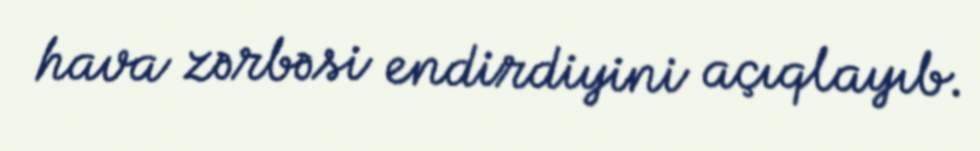
hava zərbəsi endirdiyini açıqlayıb.